Annual report of the Imperial Bacteriological Laboratory, Muktesar
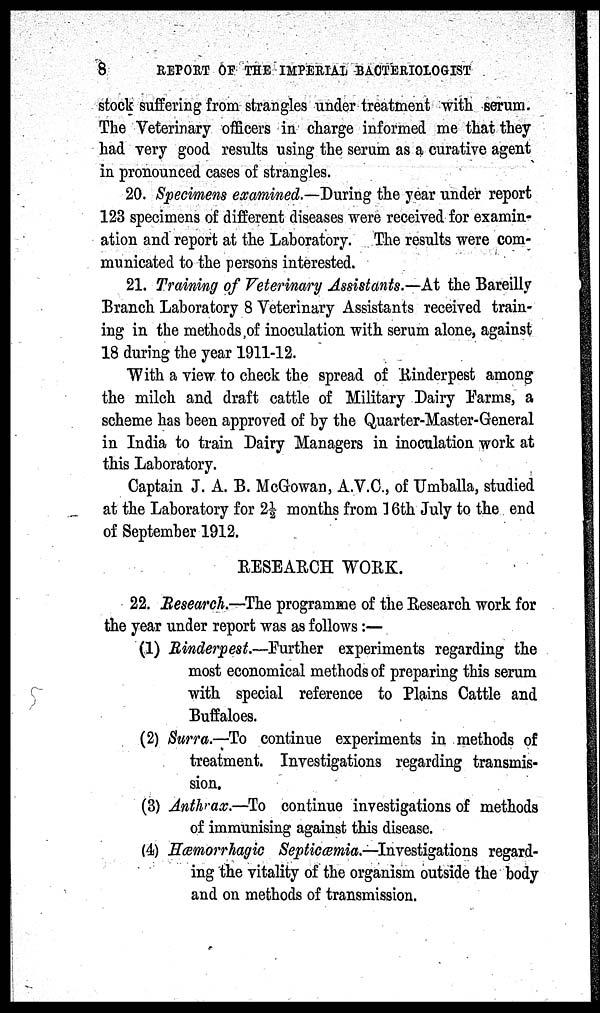
8
REPORT OF THE IMPERIAL BACTERIOLOGIST
stock suffering from strangles under treatment with serum.
The Veterinary officers in charge informed me that they
had very good results using the serum as a curative agent
in pronounced cases of strangles.
20. Specimens examined.—During the year under report
123 specimens of different diseases were received for examin-
ation and report at the Laboratory. The results were com-
municated to the persons interested.
21. Training of Veterinary Assistants.—At the Bareilly
Branch Laboratory 8 Veterinary Assistants received train-
ing in the methods ,of inoculation with serum alone, against
18 during the year 1911-12.
With a view to check the spread of Rinderpest among
the milch and draft cattle of Military Dairy Farms, a
scheme has been approved of by the Quarter-Master-General
in India to train Dairy Managers in inoculation work at
this Laboratory.
Captain J. A. B. McGowan, A.V.C., of Umballa, studied
at the Laboratory for 2½ months from 16th July to the end
of September 1912.
RESEARCH WORK.
22. Research.—The programme of the Research work for
the year under report was as follows:—
(1) Rinderpest.—Further experiments regarding the
most economical methods of preparing this serum
with special reference to Plains Cattle and
Buffaloes.
(2) Surra.—To continue experiments in methods of
treatment. Investigations regarding transmis-
sion.
(3) Anthrax.—To continue investigations of methods
of immunising against this disease.
(4) Hæmorrhagic Septiæmia.—Investigations regard-
ing the vitality of the organism outside the body
and on methods of transmission.